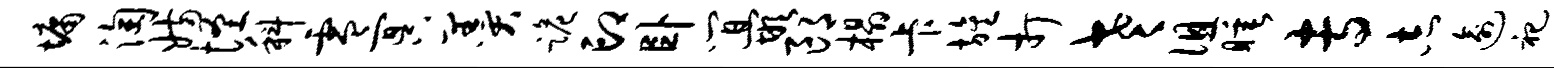
墉淘妨怪科零冥羹跪印卧间嵌郎榻卡旌打老徂睡专志逾祀